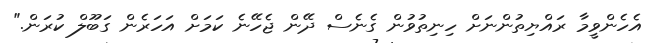
އެހެންވީމާ ރައްޔިތުންނަށް ހިނިތުވުން ގެނެސް ދޭން ޖެހޭނެ ކަމަށް އަހަރެން ގަބޫލް ކުރަން."